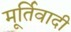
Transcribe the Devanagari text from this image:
मूर्तिवादी